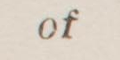
of